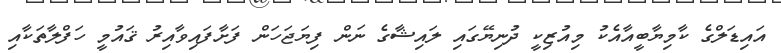
އައިޑަލްގެ ކާމިޔާބީއާއެކު މިއުޒިކީ ދުނިޔޭގައި ލައިޝާގެ ނަން ފިޔަޖަހަން ފަށާފައިވާއިރު ޤައުމީ ހަފްލާތަކާއި